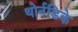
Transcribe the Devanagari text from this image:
थोर्नडिके